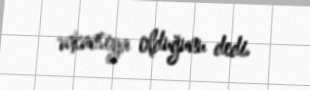
vakansiya olduğunu dedi.